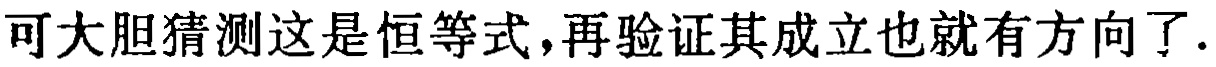
可大胆猜测这是恒等式,再验证其成立也就有方向了.